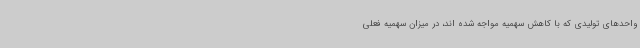
واحدهای تولیدی که با کاهش سهمیه مواجه شده اند، در میزان سهمیه فعلی